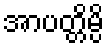
အာပတ္တိမ္ပိ